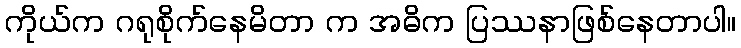
ကိုယ်က ဂရုစိုက်နေမိတာ က အဓိက ပြဿနာဖြစ်နေတာပါ။